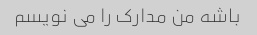
باشه من مدارک را می نویسم